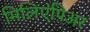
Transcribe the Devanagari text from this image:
मिलिएंपिअर